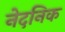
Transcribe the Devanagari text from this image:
नेदनिक